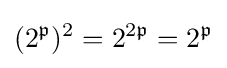
(2^{\mathfrak {p}})^{2}=2^{2{\mathfrak {p}}}=2^{\mathfrak {p}}